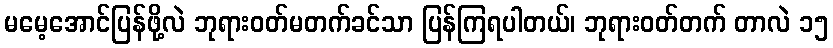
မမေ့အောင်ပြန်ဖို့လဲ ဘုရားဝတ်မတက်ခင်သာ ပြန်ကြရပါတယ်၊ ဘုရားဝတ်တက် တာလဲ ၁၅